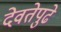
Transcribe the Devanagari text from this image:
देवतेपुढे